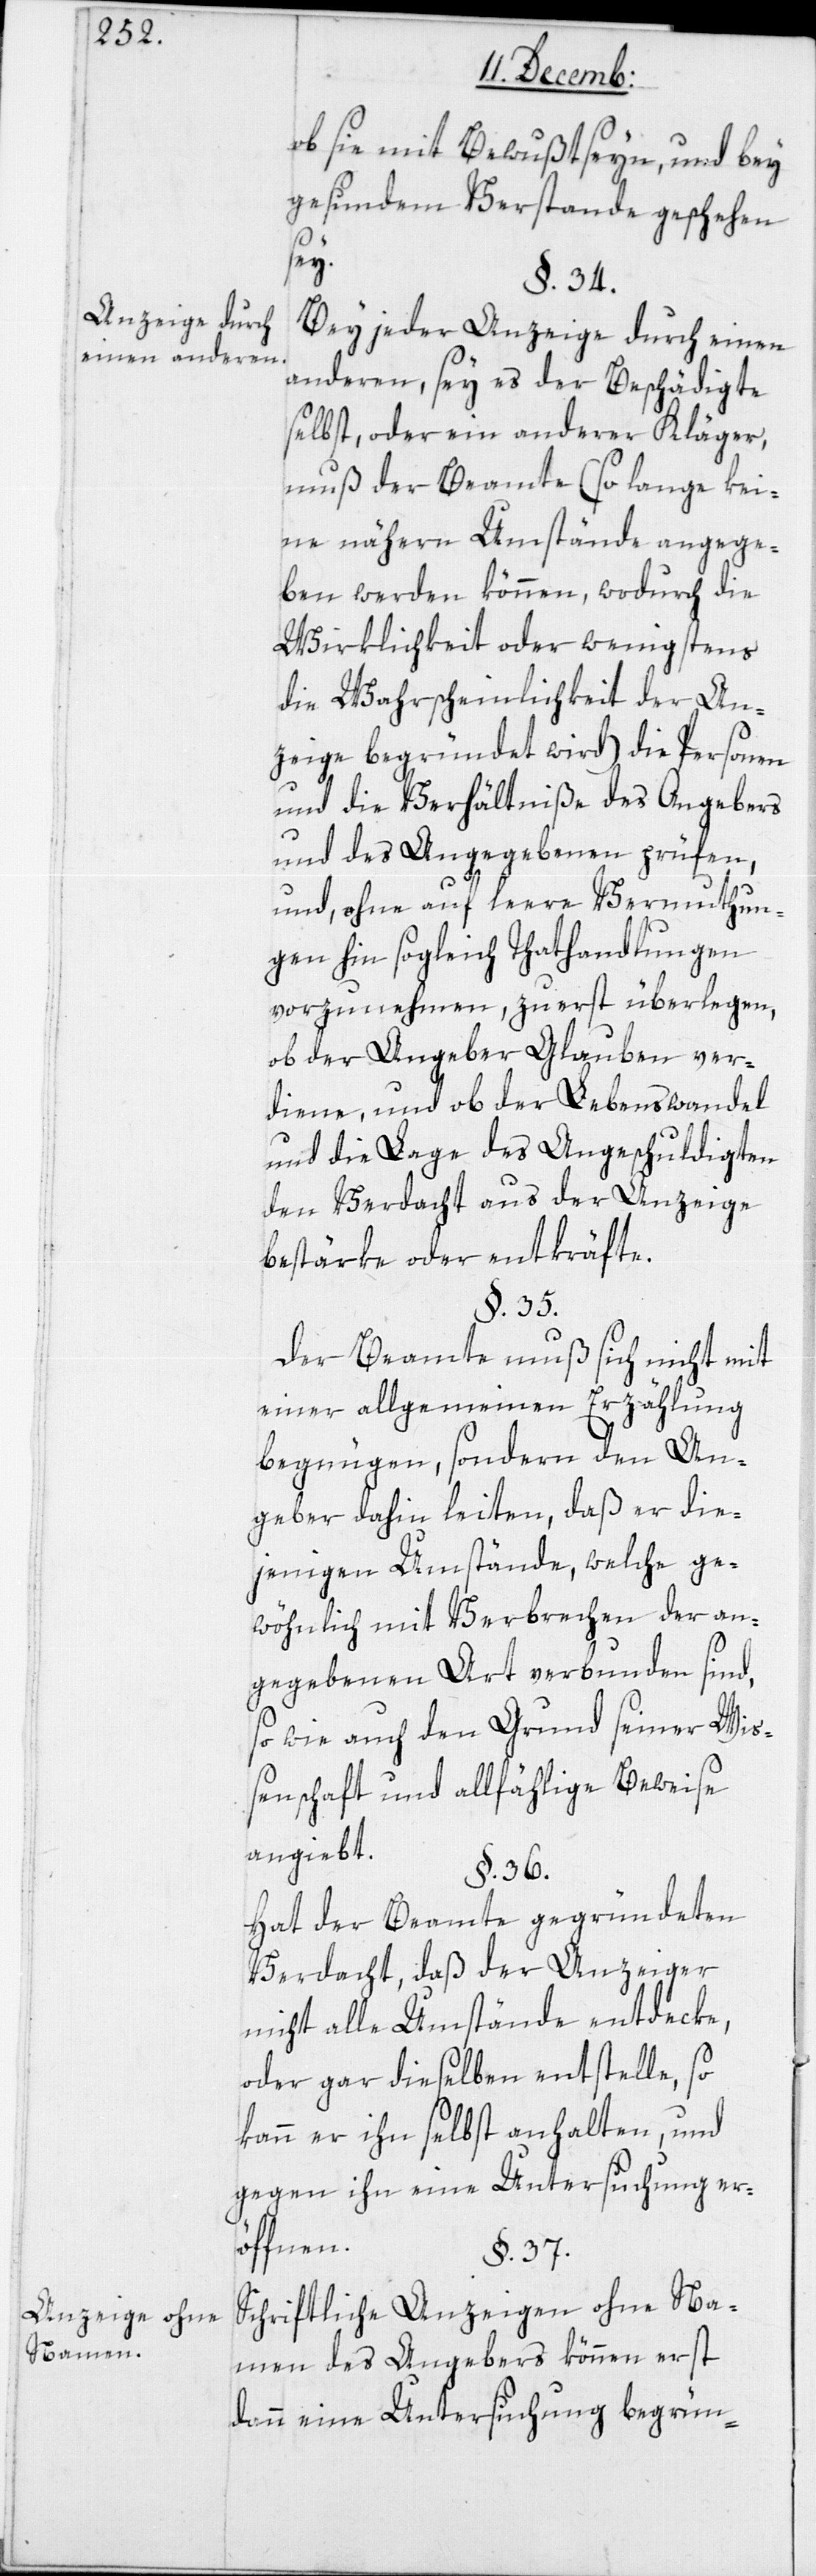
Anzeige ohne
Namen.

Anzeige durch
einen anderen.

ob sie mit Bewußtseyn und bey
gesundem Verstande geschehen
sey.
§. 34.
Bei jeder Anzeige durch einen
anderen, sey es der Beschädigte
selbst oder ein anderer Kläger,
muß der Beamte (so lange kei¬
ne nähern Umstände angege¬
ben werden können, wodurch die
Wirklichkeit oder wenigstens
die Wahrscheinlichkeit der An¬
zeige begründet wird) die Personen
und die Verhältniße des Angebers
und des Angegebenen prüfen,
und, ohne auf leere Vermuthun¬
gen hin sogleich Tathandlungen
vorzunehmen, zuerst überlegen,
ob der Angeber Glauben ver¬
diene, und ob der Lebenswandel
und die Lage des Angeschuldigten
den Verdacht aus der Anzeige
bestärke oder entkräfte.
§. 35.
Der Beamte muß sich nicht mit
einer allgemeinen Erzählung
begnügen, sondern den An¬
geber dahin leiten, daß er die¬
jenigen Umstände, welche ge¬
wöhnlich mit Verbrechen der an¬
gegebenen Art verbunden sind,
sowie auch den Grund seiner Wiß¬
enschaft und allfählige Beweise
angiebt.
§. 36.
Hat der Beamte gegründeten
Verdacht, daß der Anzeiger
nicht alle Umstände entdecke,
oder gar dieselben entstelle, so
kann er ihn selbst anhalten, und
gegen ihn eine Untersuchung er¬
öffnen.
§. 37.
Schriftliche Anzeigen ohne Na¬
men des Angebers können erst
dann eine Untersuchung begrün-